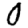
Digit: 0